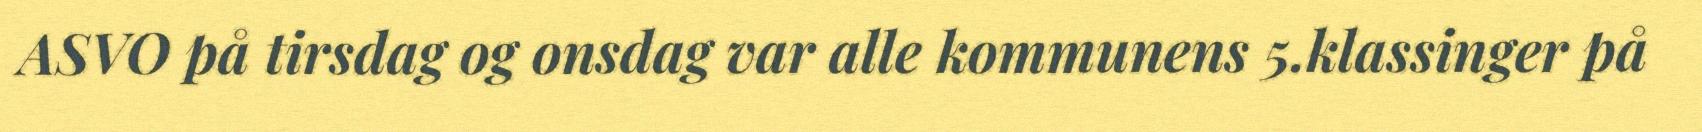
ASVO på tirsdag og onsdag var alle kommunens 5.klassinger på